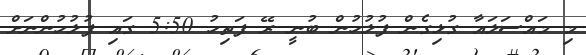
މި މައްސަލައާ ގުޅިގެން ފުލުހުން ބުނީ ރޭ ފަތިހު 5:50 ގައި ފުލުހުންނަށް